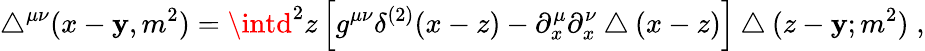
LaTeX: \bigtriangleup^{\mu\nu}(x-\mathbf{y},m^{2})=\intd^{2}z\left[g^{\mu\nu}\delta^{(2)}(x-z)-\partial_{x}^{\mu}\partial_{x}^{\nu}\bigtriangleup(x-z)\right]\bigtriangleup(z-\mathbf{y};m^{2})\; ,